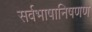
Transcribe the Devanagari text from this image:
सर्वभाषानिषणण